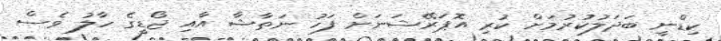
ކިޑްނީ ބަދަލުކުރުމަށް ކުރި އޮޕަރޭޝަނަށް ފަހު ނަތާޝާ އާއި ޖޯޑީގެ ހާލު ވެސް